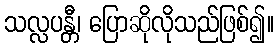
သလ္လပန္တီ၊ ပြောဆိုလိုသည်ဖြစ်၍။